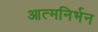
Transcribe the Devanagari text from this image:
आत्मनिर्भन